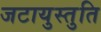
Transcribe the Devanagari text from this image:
जटायुस्तुति